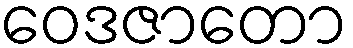
ဝေဒဇာတော